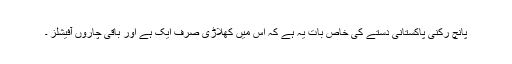
پانچ رکنی پاکستانی دستے کی خاص بات یہ ہے کہ اس میں کھلاڑی صرف ایک ہے اور باقی چاروں آفیشلز ۔